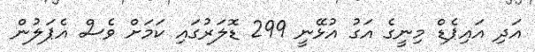
އަދި އައިޕެޑް މިނީގެ އަގު އުޅޭނީ 299 ޑޮލަރުގައި ކަމަށް ވެސް އެޕަލުން